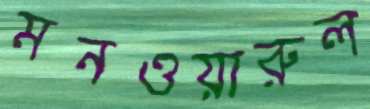
মনওয়ারুল